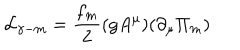
{ \cal L } _ { \gamma - m } = { \frac { f _ { m } } { 2 } } ( g A ^ { \mu } ) ( \partial _ { \mu } \Pi _ { m } )